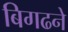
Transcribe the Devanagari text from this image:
बिगढने